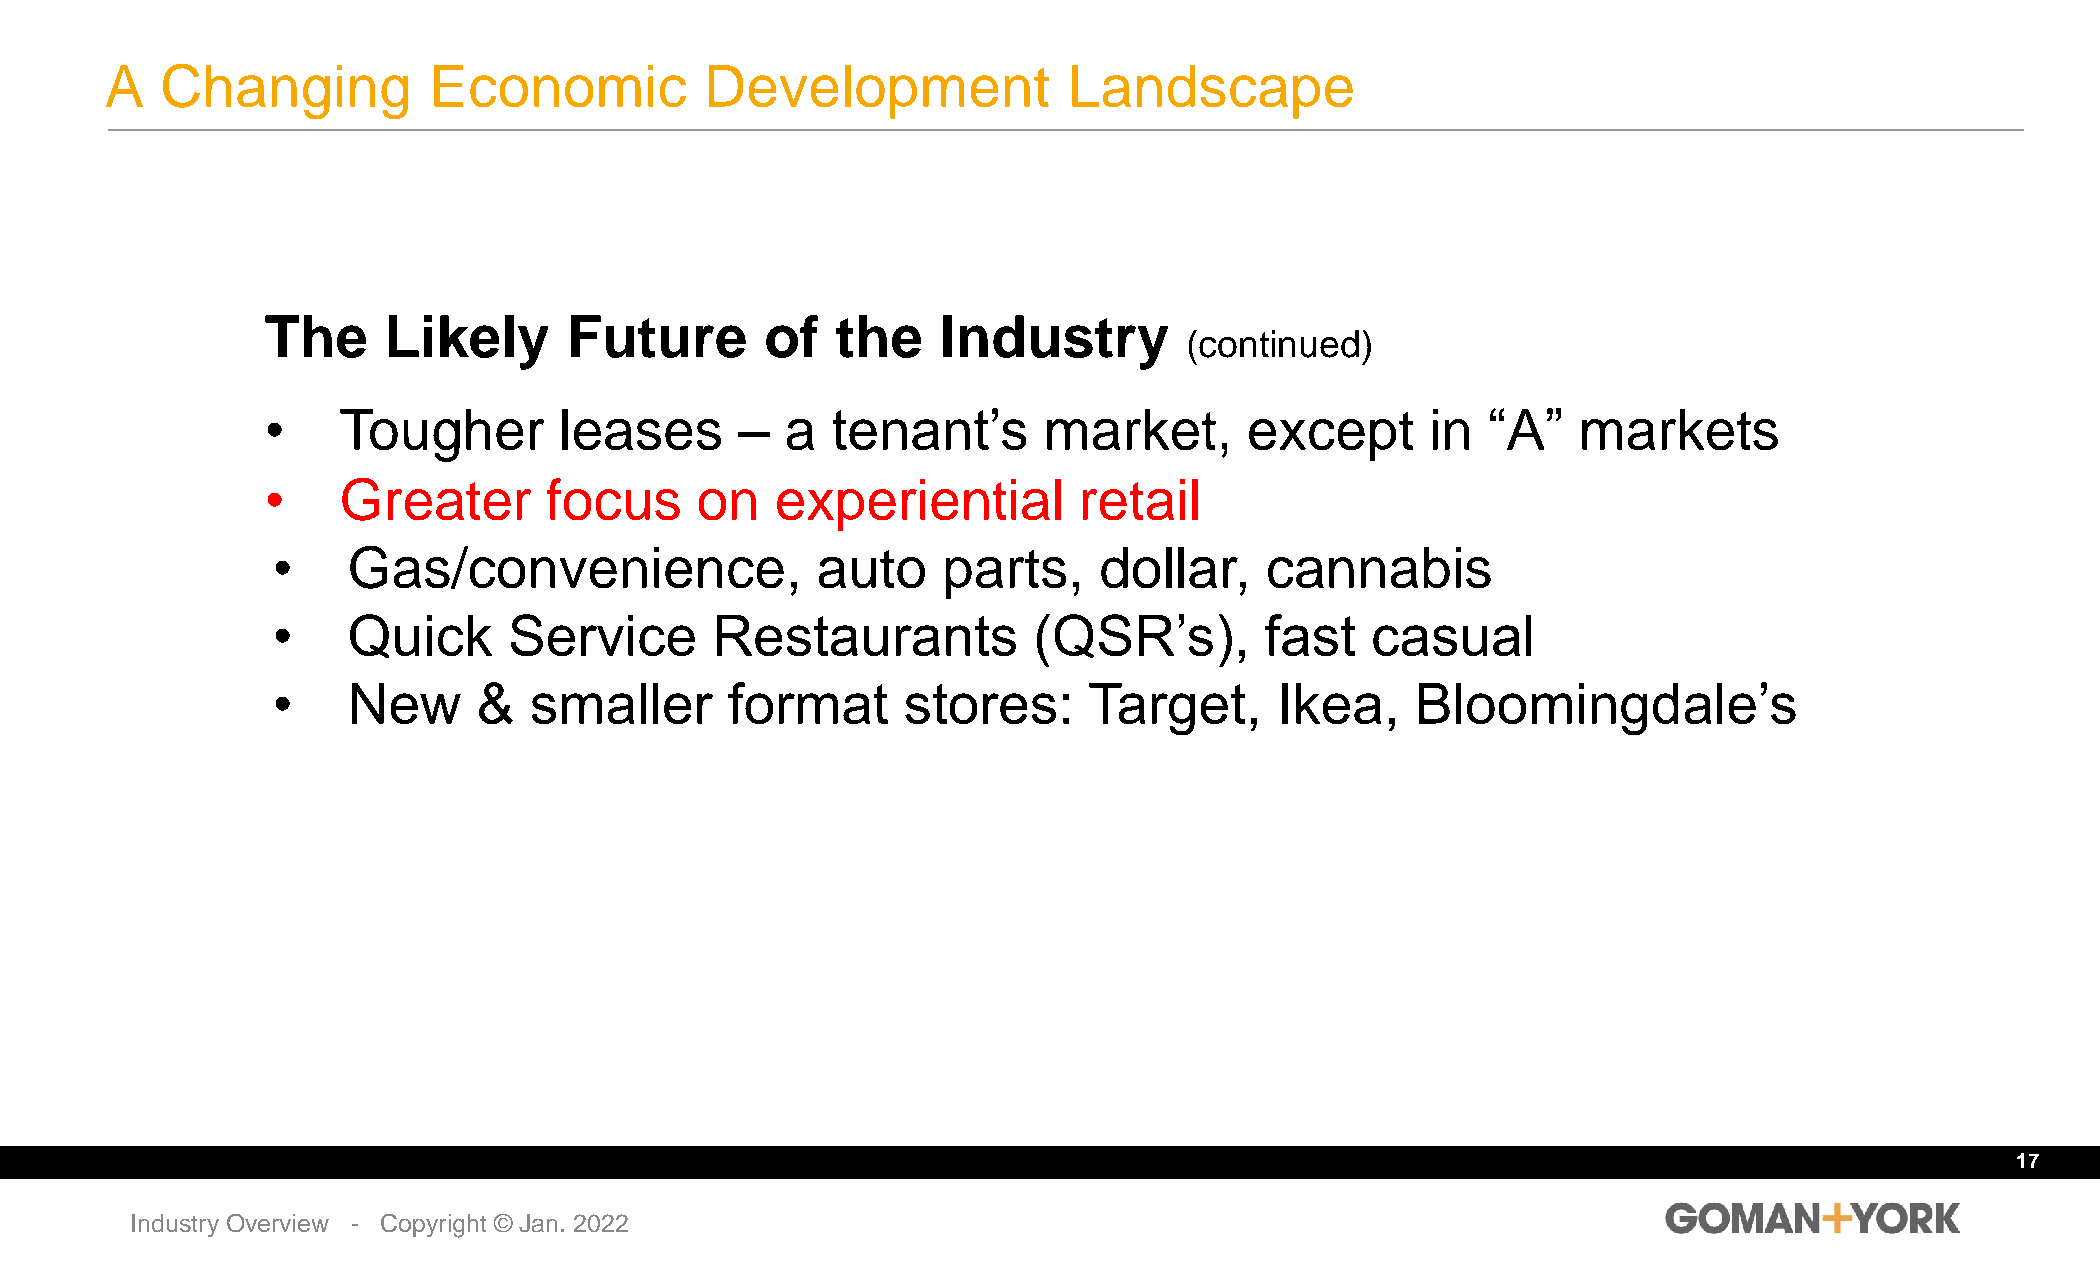
A   Changing         Economic           Development             Landscape
 The    Likely      Future        of  the    Industry
 (continued)
 •   Tougher        leases      –  a  tenant’s      market,       except      in  “A”   markets
 •   Greater       focus     on   experiential        retail
 •    Gas/convenience,               auto    parts,     dollar,    cannabis
 •    Quick      Service      Restaurants          (QSR’s),        fast   casual
 •    New      &  smaller      format      stores:     Target,      Ikea,    Bloomingdale’s
 17
 Industry Overview - Copyright © Jan. 2022